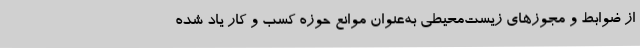
از ضوابط و مجوزهای زیست‌محیطی به‌عنوان موانع حوزه کسب و کار یاد شده